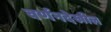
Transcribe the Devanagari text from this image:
वर्णनदेखील